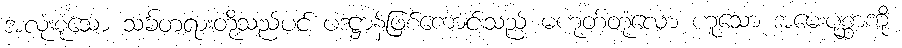
အလုံးစုံသော သင်္ခတရားတို့သည်ပင် ပဒဋ္ဌာန်ဖြစ်ကောင်းသည် မဟုတ်တုံလော ဟူသော အမေးပုစ္ဆာကို